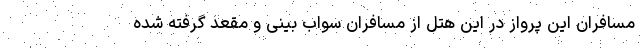
مسافران این پرواز در این هتل از مسافران سواب بینی و مقعد گرفته شده